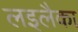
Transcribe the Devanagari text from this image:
लइलैका